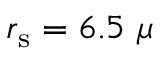
r _ { \mathrm { s } } = 6 . 5 ~ \mu